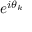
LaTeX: e ^ { i \theta _ { k } }